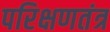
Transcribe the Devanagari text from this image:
परिक्षणतंत्र